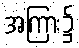
အကြား၌